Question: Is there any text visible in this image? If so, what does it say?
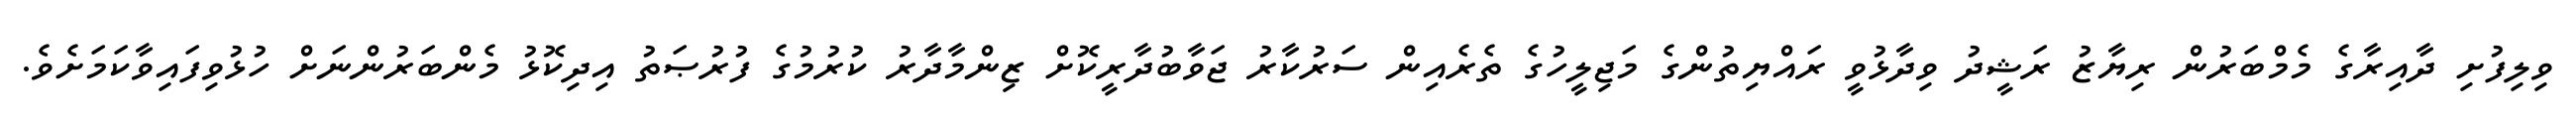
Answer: ވިލިފުށި ދާއިރާގެ މެމްބަރުން ރިޔާޒު ރަޝީދު ވިދާޅުވީ ރައްޔިތުންގެ މަޖިލީހުގެ ތެރެއިން ސަރުކާރު ޖަވާބުދާރީކޮށް ޒިންމާދާރު ކުރުމުގެ ފުރުޞަތު އިދިކޮޅު މެންބަރުންނަށް ހުޅުވިފައިވާކަމަށެވެ.